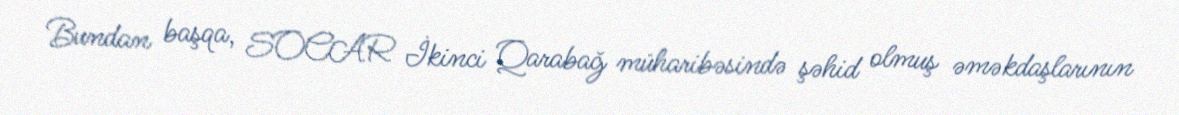
Bundan başqa, SOCAR İkinci Qarabağ müharibəsində şəhid olmuş əməkdaşlarının